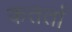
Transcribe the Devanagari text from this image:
कतर्ता